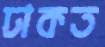
ঢাকত